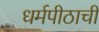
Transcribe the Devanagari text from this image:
धर्मपीठाची